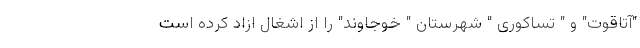
"آتاقوت" و " تساکوری " شهرستان " خوجاوند" را از اشغال ازاد کرده است